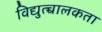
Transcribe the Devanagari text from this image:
विद्युत्च्चालकता